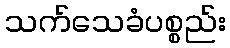
သက်သေခံပစ္စည်း